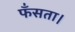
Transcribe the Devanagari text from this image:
फँसता।